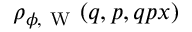
\rho _ { \phi , \mathrm { ~ W ~ } } ( q , p , q p x )